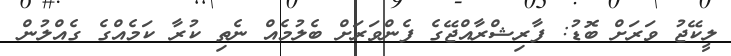
ލީކޭޖު ވަރަށް ބޮޑު: ފާރިޝްރާއްޖޭގެ ފެންވަރަށް ބެލުމެއް ނެތި ކުރާ ކަމެއްގެ ގެއްލުން